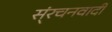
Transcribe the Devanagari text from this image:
स्ंरचनवादी